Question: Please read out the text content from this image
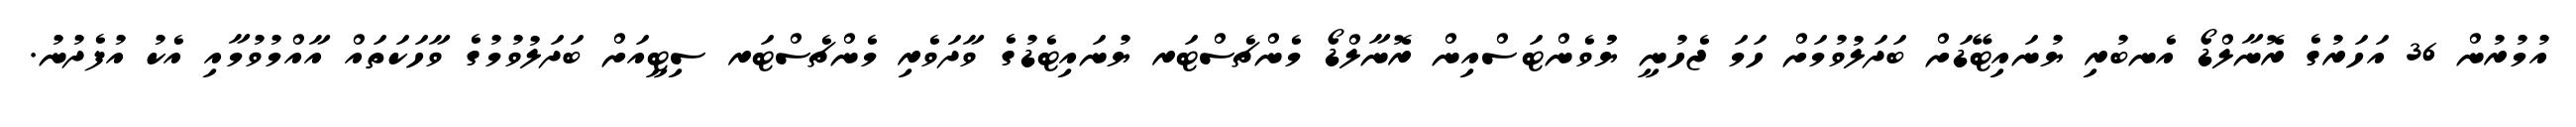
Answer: އުމުރުން 36 އަހަރުގެ ރޮނާލްޑޯ އެނބުރި ޔުނައިޓޭޑަށް ބަދަލުވުމަށް ހަމަ ޖެހުނީ ޔުުވެންޓަސްއިން ރޮނާލްޑޯ މެންޗެސްޓަރ ޔުނައިޓެޑުގެ ވާދަވެރި މެންޗެސްޓަރ ސިޓީއަށް ބަދަލުވުމުގެ ވާހަކަތައް އާއްމުވުމާއި އެކު އުފެދުނު.